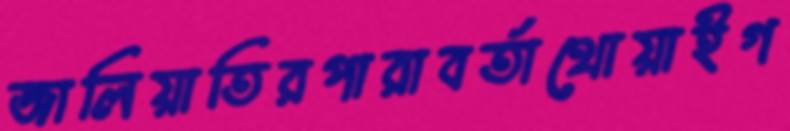
জালিয়াতিরপারাবর্তাথোয়াইগ